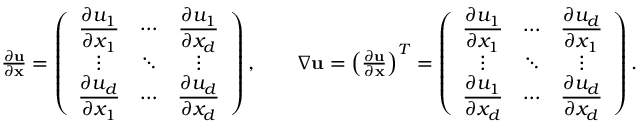
\begin{array} { r } { \frac { \partial \mathbf { u } } { \partial \mathbf { x } } = \left( \begin{array} { c c c } { \displaystyle \frac { \partial u _ { 1 } } { \partial x _ { 1 } } } & { \cdots } & { \displaystyle \frac { \partial u _ { 1 } } { \partial x _ { d } } } \\ { \vdots } & { \ddots } & { \vdots } \\ { \displaystyle \frac { \partial u _ { d } } { \partial x _ { 1 } } } & { \cdots } & { \displaystyle \frac { \partial u _ { d } } { \partial x _ { d } } } \end{array} \right) , \qquad \nabla \mathbf { u } = \left( \frac { \partial \mathbf { u } } { \partial \mathbf { x } } \right) ^ { T } = \left( \begin{array} { c c c } { \displaystyle \frac { \partial u _ { 1 } } { \partial x _ { 1 } } } & { \cdots } & { \displaystyle \frac { \partial u _ { d } } { \partial x _ { 1 } } } \\ { \vdots } & { \ddots } & { \vdots } \\ { \displaystyle \frac { \partial u _ { 1 } } { \partial x _ { d } } } & { \cdots } & { \displaystyle \frac { \partial u _ { d } } { \partial x _ { d } } } \end{array} \right) . } \end{array}